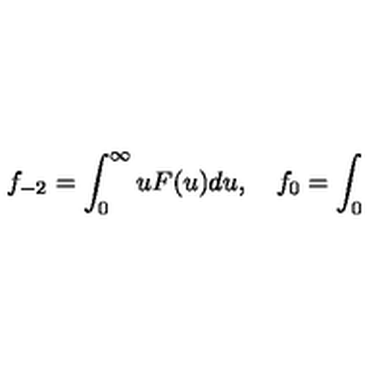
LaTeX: f _ { - 2 } = \int _ { 0 } ^ { \infty } u F ( u ) d u , \quad f _ { 0 } = \int _ { 0 }